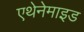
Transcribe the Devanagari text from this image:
एथेनेमाइड